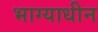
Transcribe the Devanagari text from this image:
भाग्याधीन